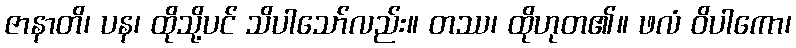
ဇာနာတိ၊ ပန၊ ထိုသို့ပင် သိပါသော်လည်း။ တဿ၊ ထိုဟုတ၏။ ဖလံ ဝိပါကော၊